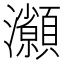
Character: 𤅓